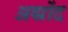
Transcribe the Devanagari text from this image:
अद्मोंद